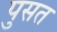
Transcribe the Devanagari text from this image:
पुसत